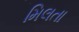
મિલતા